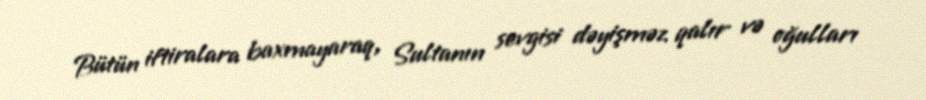
Bütün iftiralara baxmayaraq, Sultanın sevgisi dəyişməz qalır və oğulları